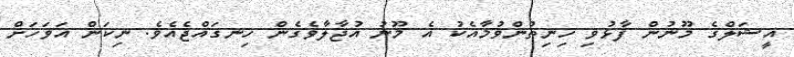
އީޝަލްގެ މޫނުން ފާޅުވި ހިނިތުންވުމާއެކު އެ މޫނު އުޖާލާވެގެން ހިނގައްޖެއެވެ. ނިކަން އަވަހަށް